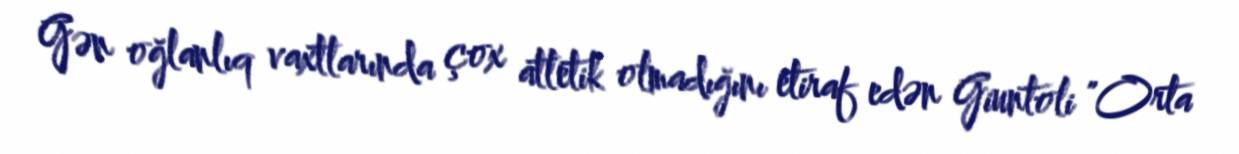
Gən oğlanlıq vaxtlarında çox atletik olmadığını etiraf edən Giuntoli "Orta